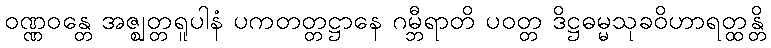
ဝဏ္ဏဝန္တေ အဇ္ဈတ္တရူပါနံ ပကတတ္တဋ္ဌာနေ ဂမ္ဘီရာတိ ပဝတ္တ ဒိဋ္ဌဓမ္မသုခဝိဟာရတ္ထန္တိ